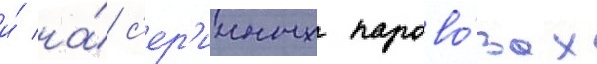
и́ на́ с'ер'ииных парово́зах